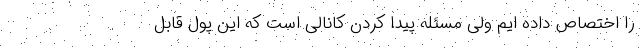
را اختصاص داده ایم ولی مسئله پیدا کردن کانالی است که این پول قابل